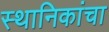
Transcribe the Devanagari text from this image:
स्थानिकांचा